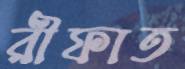
রীফাত